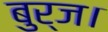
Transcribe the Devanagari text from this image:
बुर्ज।